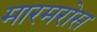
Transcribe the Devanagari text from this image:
मारमरोस